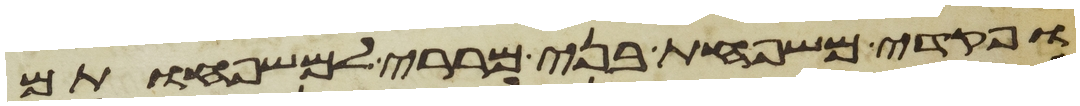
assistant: ופקדי משפחת בני מררי למשפחותם